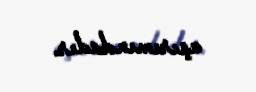
aşırımındadır.